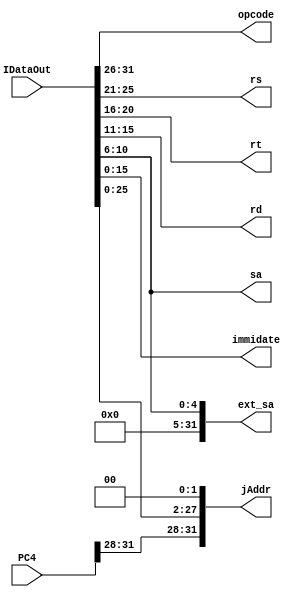
`timescale 1ns / 1ps
//////////////////////////////////////////////////////////////////////////////////
// Company: 
// Engineer: 
// 
// Design Name: 
// Module Name: decodeInstruction
// Project Name: 
// Target Devices: 
// Tool Versions: 
// Description: 
// 
// Dependencies: 
// 
// Revision:
// Revision 0.01 - File Created
// Additional Comments:
// 
//////////////////////////////////////////////////////////////////////////////////


module decodeInstruction(
    input[31:0] IDataOut,
    input[31:0] PC4,
    output reg[5:0] opcode,
    output reg[4:0] rs,
    output reg[4:0] rt,
    output reg[4:0] rd,
    output reg[4:0] sa,
    output reg[31:0] ext_sa,
    output reg[15:0] immidate,
    output reg[31:0] jAddr
    );
    always@(IDataOut)
    begin
        opcode <= IDataOut[31:26];
        rs <= IDataOut[25:21];
        rt <= IDataOut[20:16];
        rd <= IDataOut[15:11];
        sa <= IDataOut[10:6];
        ext_sa <= {27'b000000000000000000000000000,IDataOut[10:6]};
        immidate <= IDataOut[15:0];
        jAddr[31:0] = PC4[31:0];
        jAddr[27:2] = IDataOut[25:0];
        jAddr[1:0] = 2'b00;
        //jAddr <= {PC4[31:28],IDataOut[25:0],2{0}};
    end
endmodule